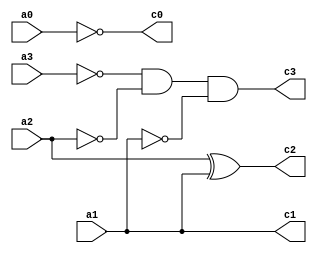
// Copyright (C) 1991-2013 Altera Corporation
// Your use of Altera Corporation's design tools, logic functions 
// and other software and tools, and its AMPP partner logic 
// functions, and any output files from any of the foregoing 
// (including device programming or simulation files), and any 
// associated documentation or information are expressly subject 
// to the terms and conditions of the Altera Program License 
// Subscription Agreement, Altera MegaCore Function License 
// Agreement, or other applicable license agreement, including, 
// without limitation, that your use is for the sole purpose of 
// programming logic devices manufactured by Altera and sold by 
// Altera or its authorized distributors.  Please refer to the 
// applicable agreement for further details.

// PROGRAM		"Quartus II 64-Bit"
// VERSION		"Version 13.0.1 Build 232 06/12/2013 Service Pack 1 SJ Web Edition"
// CREATED		"Sat Mar 06 16:40:01 2021"

module BCD_9com(
	a3,
	a2,
	a1,
	a0,
	c3,
	c2,
	c1,
	c0
);


input wire	a3;
input wire	a2;
input wire	a1;
input wire	a0;
output wire	c3;
output wire	c2;
output wire	c1;
output wire	c0;

wire	SYNTHESIZED_WIRE_0;
wire	SYNTHESIZED_WIRE_1;
wire	SYNTHESIZED_WIRE_2;

assign	c1 = a1;



assign	c2 = a2 ^ a1;

assign	SYNTHESIZED_WIRE_2 =  ~a1;

assign	c3 = SYNTHESIZED_WIRE_0 & SYNTHESIZED_WIRE_1 & SYNTHESIZED_WIRE_2;

assign	c0 =  ~a0;

assign	SYNTHESIZED_WIRE_1 =  ~a2;

assign	SYNTHESIZED_WIRE_0 =  ~a3;


endmodule